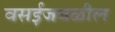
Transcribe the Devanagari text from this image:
वसईजवळील